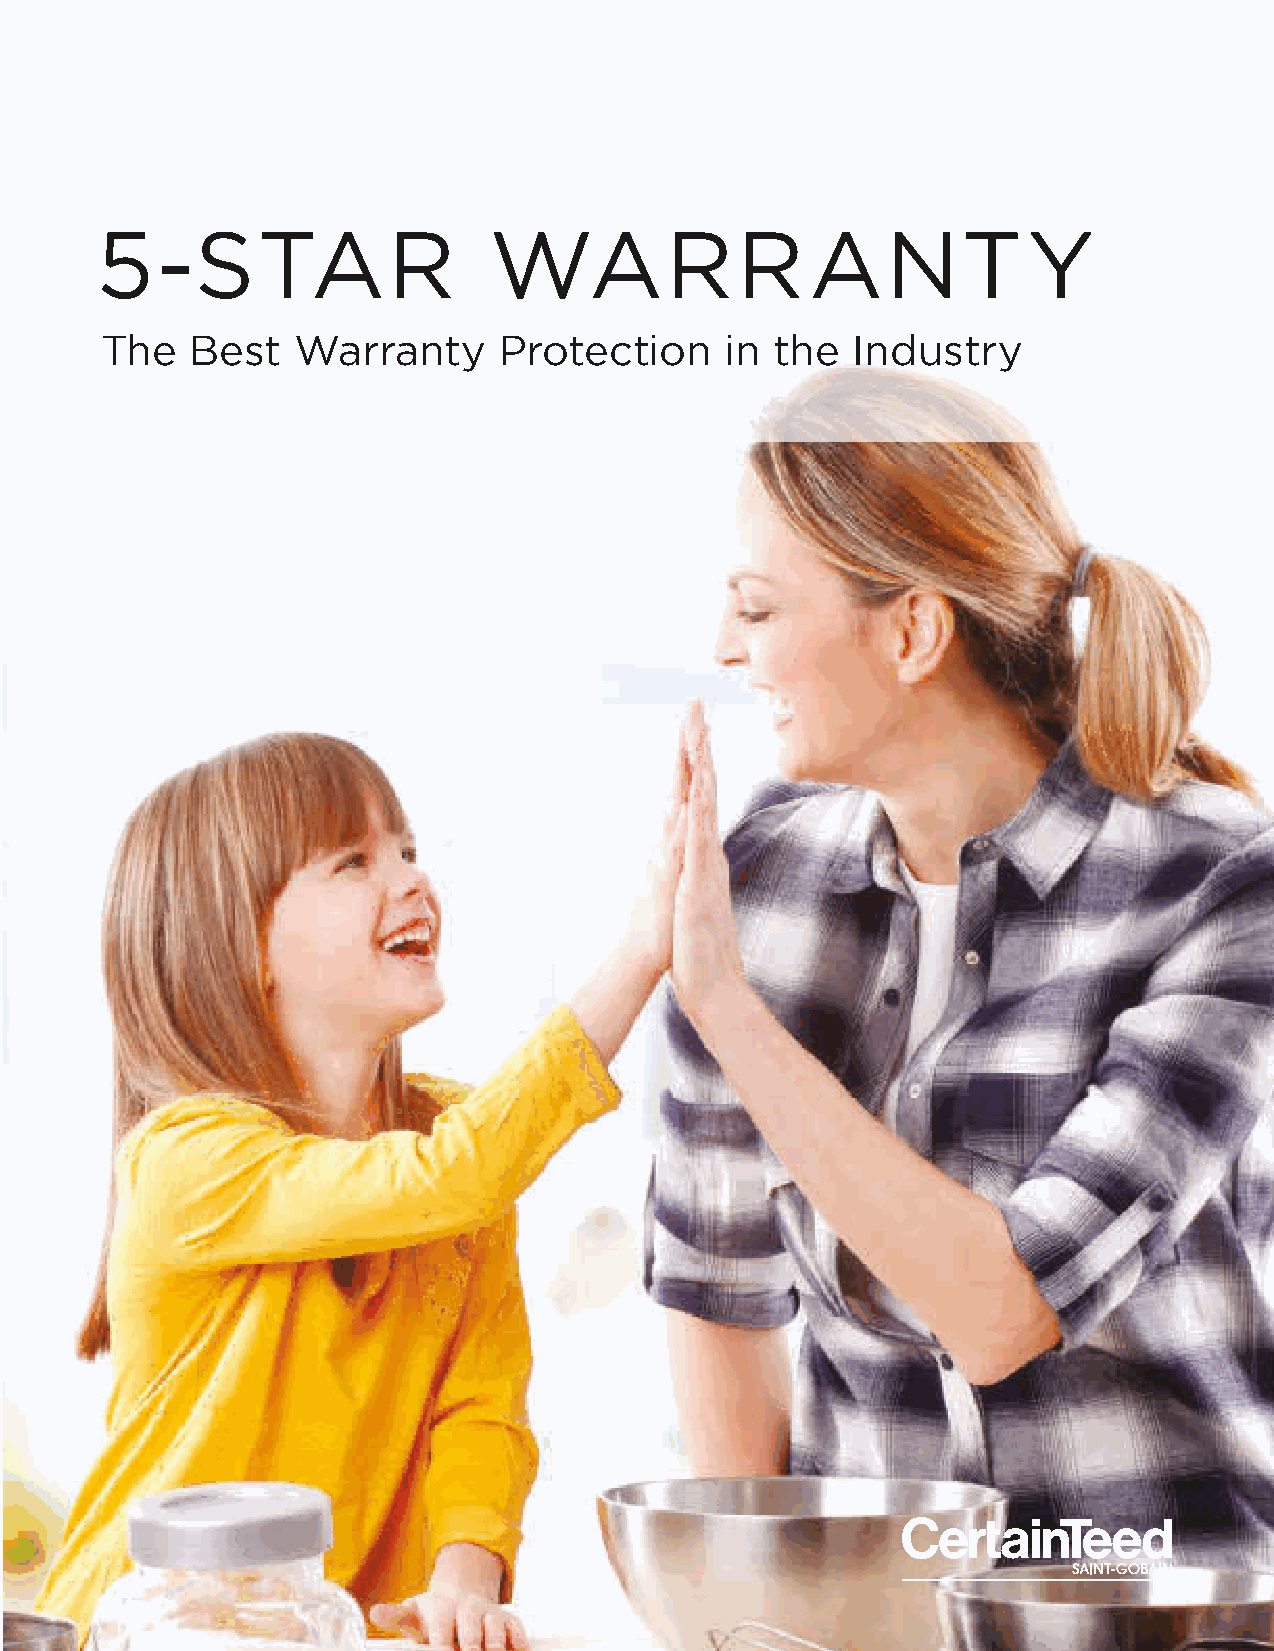
CERTAINTEED                          ROOFING
 Be
 You’ve selected a CertainTeed SELECT
 ShingleMaster™ and you’re choosing the right
 shingles and roof system. Why not add that
 extra layer of protection with SureStart™ PLUS
 5-STAR                    WARRANTY
 5-Star Protection?
 Sure
 All CertainTeed shingles carry standard
 SureStart protection which fully covers your
 The   Best   Warranty      Protection     in the  Industry
 shingles during the early years following
 installation in the event of a manufacturing
 defect. Once the SureStart period ends, typically
 after 10 years, you are covered for shingles only
 and at a reduced rate as the roof ages.
 Your CertainTeed SELECT ShingleMaster is
 exclusively authorized to offer you SureStart
 PLUS 5-Star protection—the absolute best—
 which takes CertainTeed’s traditional SureStart
 protection and extends coverage for up
 to 50 years. That means, in the event of a
 manufacturing defect, you are fully covered.
 PEACE
 OF
 CertainTeed Integrity Extended
 MIND
 Credentialed Roof Warranty
 Contractor System Protection
 certainteed.com/roofing
 learn more at:
 CertainTeed
 CEILINGS • DECKING • FENCE • GYPSUM • INSULATION • RAILING • ROOFING • SIDING • TRIM
 20 Moores Road Malvern, PA 19355 Professional: 800-233-8990 Consumer: 800-782-8777 certainteed.com
 ©01/21 CertainTeed, Printed in the USA Code No. 20-30-398